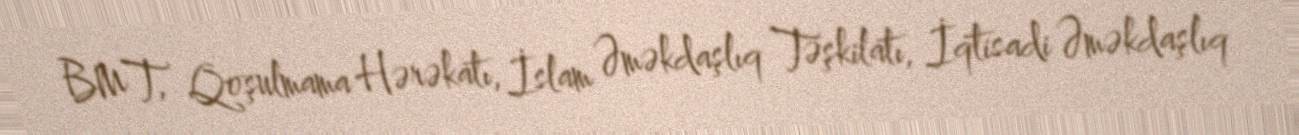
BMT, Qoşulmama Hərəkatı, İslam Əməkdaşlıq Təşkilatı, İqtisadi Əməkdaşlıq